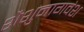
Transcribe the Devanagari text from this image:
शैशुनागवंश